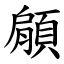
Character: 顅